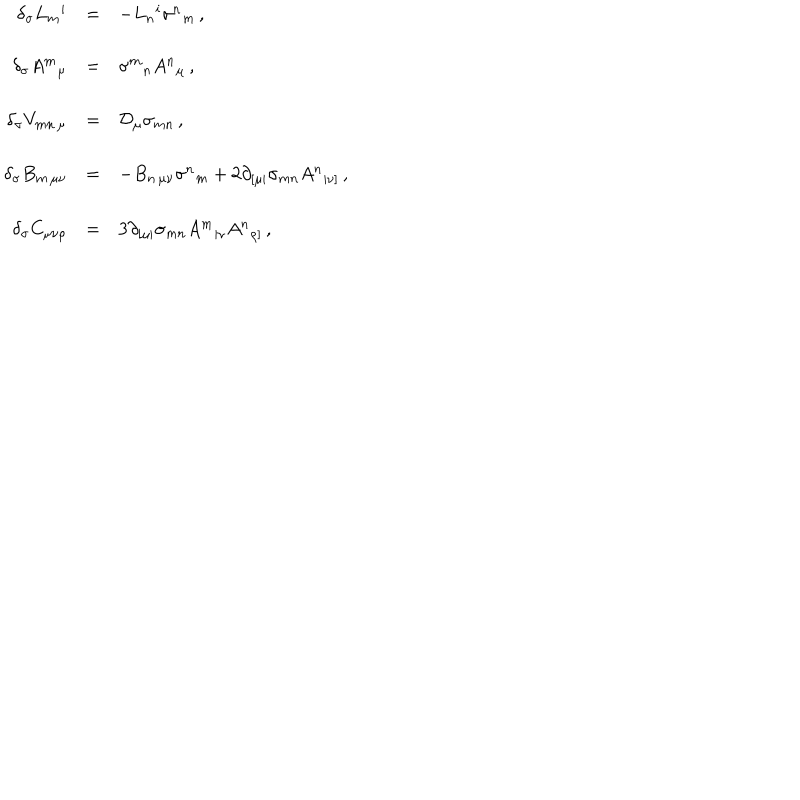
\begin{array} { r c l } { { \delta _ { \sigma } L _ { m } { } ^ { i } } } & { { = } } & { { - L _ { n } { } ^ { i } \sigma ^ { n } { } _ { m } \, , } } \\ { { } } & { { } } & { { } } \\ { { \delta _ { \sigma } A ^ { m } { } _ { \mu } } } & { { = } } & { { \sigma ^ { m } { } _ { n } A ^ { n } { } _ { \mu } \, , } } \\ { { } } & { { } } & { { } } \\ { { \delta _ { \sigma } V _ { m n \, \mu } } } & { { = } } & { { \mathcal { D } _ { \mu } \sigma _ { m n } \, , } } \\ { { } } & { { } } & { { } } \\ { { \delta _ { \sigma } B _ { m \, \mu \nu } } } & { { = } } & { { - B _ { n \, \mu \nu } \sigma ^ { n } { } _ { m } + 2 \partial _ { [ \mu | } \sigma _ { m n } A ^ { n } { } _ { | \nu ] } \, , } } \\ { { } } & { { } } & { { } } \\ { { \delta _ { \sigma } C _ { \mu \nu \rho } } } & { { = } } & { { 3 \partial _ { [ \mu | } \sigma _ { m n } A ^ { m } { } _ { | \nu } A ^ { n } { } _ { \rho ] } \, , } } \\ \end{array}